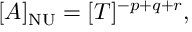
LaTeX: [ A ] _ { \mathrm { N U } } = [ T ] ^ { - p + q + r } ,